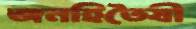
জনহিতৈষী